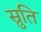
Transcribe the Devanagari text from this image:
स्रुति